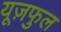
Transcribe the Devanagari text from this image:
यूज़फुल